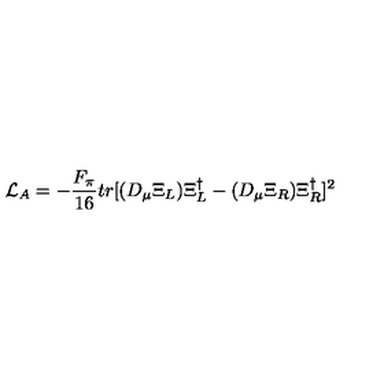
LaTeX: { \cal { L } } _ { A } = - \frac { F _ { \pi } } { 1 6 } t r [ ( D _ { \mu } \Xi _ { L } ) \Xi _ { L } ^ { \dag } - ( D _ { \mu } \Xi _ { R } ) \Xi _ { R } ^ { \dag } ] ^ { 2 }